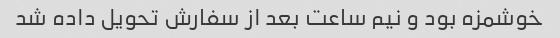
خوشمزه بود و نیم ساعت بعد از سفارش تحویل داده شد